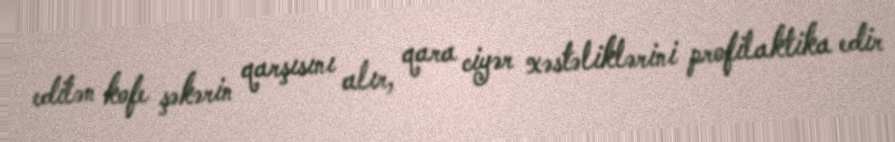
edilən kofe şəkərin qarşısını alır, qara ciyər xəstəliklərini profilaktika edir